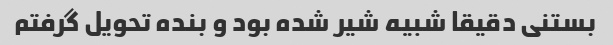
بستنی دقیقا شبیه شیر شده بود و بنده تحویل گرفتم